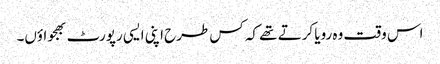
اس وقت وہ رویا کرتے تھے کہ کس طرح اپنی ایسی رپورٹ بھجواؤں۔